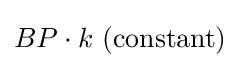
{\textstyle BP\cdot k\mathrm {\ (constant)} }